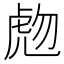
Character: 虝